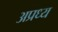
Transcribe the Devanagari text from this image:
अप्रध्य